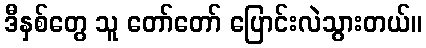
ဒီနှစ်တွေ သူ တော်တော် ပြောင်းလဲသွားတယ်။